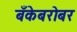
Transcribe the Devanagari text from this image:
बँकेबरोबर